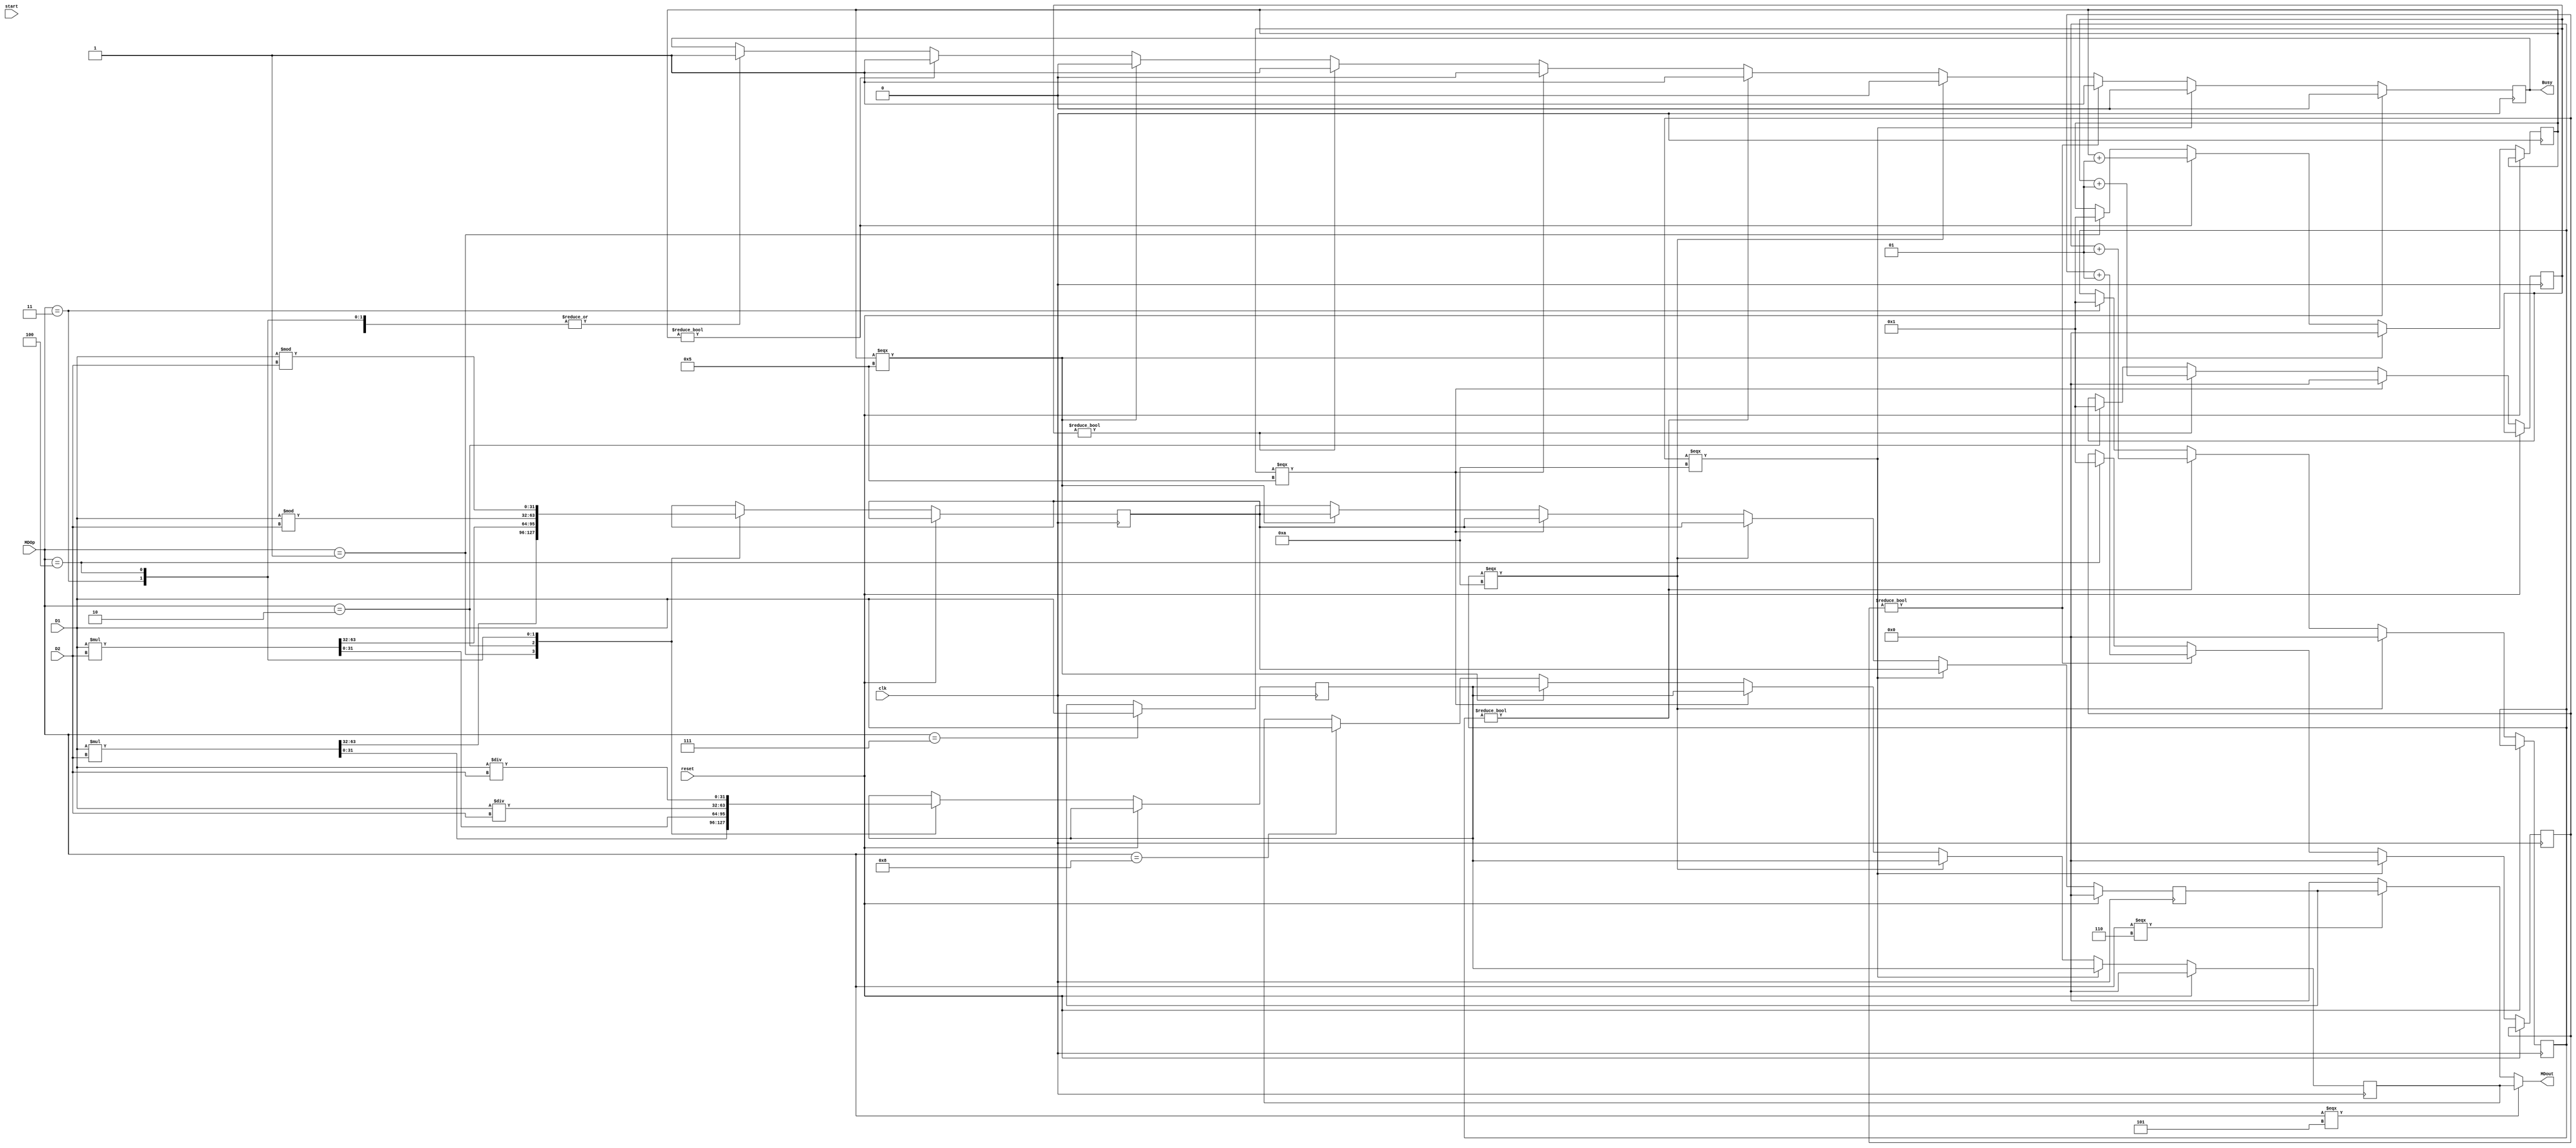
`timescale 1ns / 1ps
//////////////////////////////////////////////////////////////////////////////////
// Company: 
// Engineer: 
// 
// Design Name: 
// Module Name:    MUL_DIV 
// Project Name: 
// Target Devices: 
// Tool versions: 
// Description: 
//
// Dependencies: 
//
// Revision: 
// Revision 0.01 - File Created
// Additional Comments: 
//
//////////////////////////////////////////////////////////////////////////////////
module MUL_DIV(
	 input clk,
	 input reset,
	 input start,
	 input [3:0] MDOp,
	 input [31:0] D1,
	 input [31:0] D2,
	 output Busy,
	 output [31:0] MDout
    );
	 
	 integer cm = 0;//count_mul = 0;
	 integer cmu = 0;//count_mulu = 0;
	 integer cd = 0;//count_div = 0;
	 integer cdu = 0;//count_divu = 0;
	 reg b;
	 reg [31:0] out;
	 reg [31:0] HI,LO;
	 reg [31:0] h,l;
	 
	 initial begin
		HI <= 0;
		LO <= 0;
		b <= 0;
		out <= 0;
		h <= 0;
		l <= 0;
	 end
	 
	 assign Busy = b;
	 assign MDout = (MDOp===5)?LO:
						 (MDOp===6)?HI:0;
	 always@(posedge clk)begin	//1
		if(reset)begin	//1.1
			HI <= 0;
			LO <= 0;
			b <= 0;
		end	//1.1
		else begin	//1.2
			case(MDOp)
			1:begin	//1.2.1
				cmu <= 1;
				b <= 1;
				{h,l} <= D1 * D2;
			end	//1.2.1
			2:begin	//1.2.2
				cm <= 1;
				b <= 1;
				{h,l} <= $signed(D1) * $signed(D2);
			end	//1.2.2
			3:begin	//1.2.3
				cd <= 1;
				b <= 1;
				h <= D1 % D2;
				l <= D1 / D2;				
			end	//1.2.3
			4:begin	//1.2.4
				cdu <= 1;
				b <= 1;
				h <= $signed(D1) % $signed(D2);
				l <= $signed(D1) / $signed(D2);				
			end	//1.2.4
			//5:out <= LO;
			//6:out <= HI;
			7:HI <= D1;
			8:LO <= D1;
			endcase
			
			if(cmu === 5)begin
				b <= 0;
				//{HI,LO} <= D1 * D2;
				HI <= h;
				LO <= l;
				cmu <= 0;
			end
			else if(cmu != 0)begin
				cmu <= cmu + 1;
				b <= 1;
			end
			
			if(cm === 5)begin
				b <= 0;
				//{HI,LO} <= $signed(D1) * $signed(D2);
				HI <= h;
				LO <= l;
				cm <= 0;
			end
			else if(cm != 0)begin
				cm <= cm + 1;
				b <= 1;
			end
			
			if(cd === 10)begin
				b <= 0;
				//HI <= D1 % D2;
				//LO <= D1 / D2;
				HI <= h;
				LO <= l;
				cd <= 0;
			end
			else if(cd != 0)begin
				cd <= cd + 1;
				b <= 1;
			end
			
			if(cdu === 10)begin
				b <= 0;
				//HI <= $signed(D1) % $signed(D2);
				//LO <= $signed(D1) / $signed(D2);
				HI <= h;
				LO <= l;
				cdu <= 0;
			end
			else if(cdu != 0)begin
				cdu <= cdu + 1;
				b <= 1;
			end
			
		end	//1.2
	 end	//1
endmodule